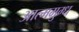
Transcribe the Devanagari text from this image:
आत्ममुग्ध